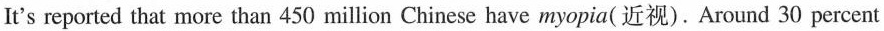
It's reported that more than 450 million Chinese have myopia(近视).Around 30 percent